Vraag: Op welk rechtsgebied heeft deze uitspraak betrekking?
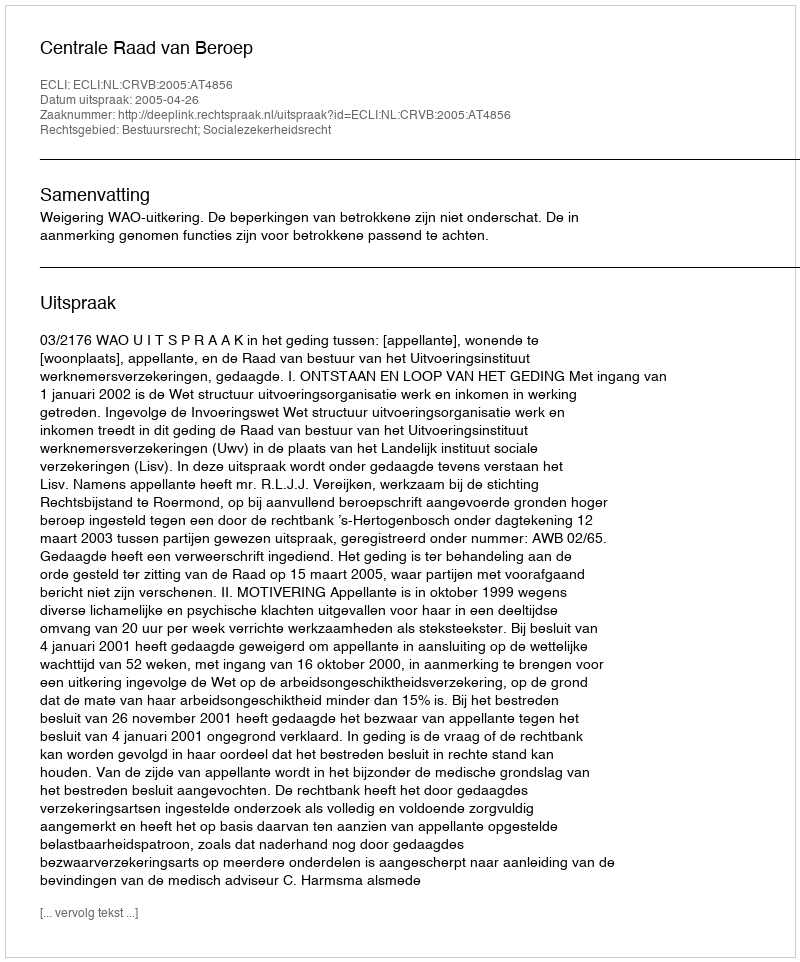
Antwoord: Bestuursrecht; Socialezekerheidsrecht